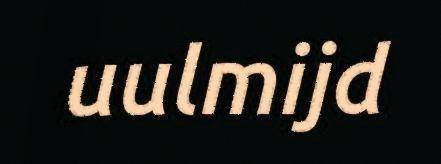
uulmijd